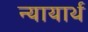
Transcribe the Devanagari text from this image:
न्यायार्थ